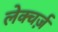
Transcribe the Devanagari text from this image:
लेक्चर्ज़